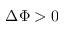
\Delta \Phi > 0